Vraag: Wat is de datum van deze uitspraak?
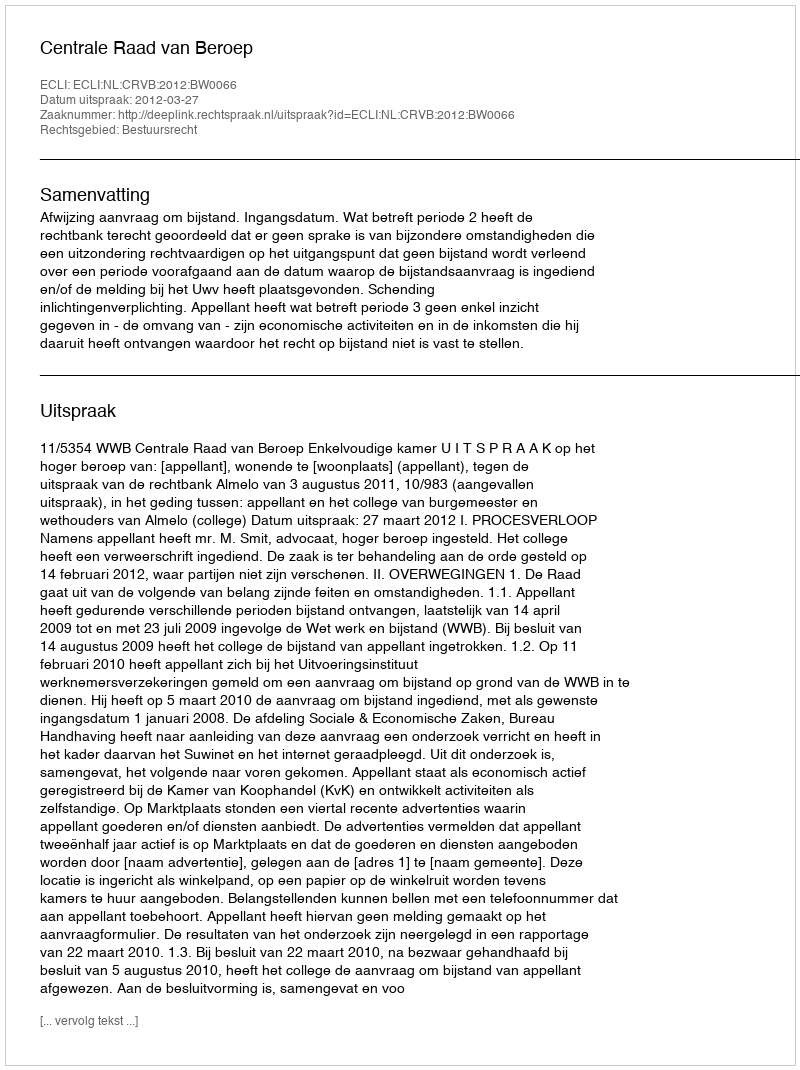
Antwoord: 2012-03-27